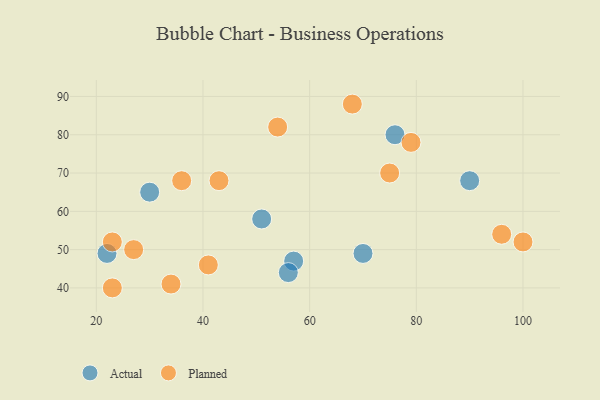
{"axis": {"x": "GDP", "y": "Life Expectancy"}, "legend": ["Actual", "Planned"], "data": [{"x": "30", "y": 65, "type": "Actual"}, {"x": "22", "y": 49, "type": "Actual"}, {"x": "57", "y": 47, "type": "Actual"}, {"x": "51", "y": 58, "type": "Actual"}, {"x": "56", "y": 44, "type": "Actual"}, {"x": "90", "y": 68, "type": "Actual"}, {"x": "70", "y": 49, "type": "Actual"}, {"x": "76", "y": 80, "type": "Actual"}, {"x": "68", "y": 88, "type": "Planned"}, {"x": "23", "y": 40, "type": "Planned"}, {"x": "41", "y": 46, "type": "Planned"}, {"x": "79", "y": 78, "type": "Planned"}, {"x": "43", "y": 68, "type": "Planned"}, {"x": "96", "y": 54, "type": "Planned"}, {"x": "54", "y": 82, "type": "Planned"}, {"x": "27", "y": 50, "type": "Planned"}, {"x": "34", "y": 41, "type": "Planned"}, {"x": "100", "y": 52, "type": "Planned"}, {"x": "75", "y": 70, "type": "Planned"}, {"x": "23", "y": 52, "type": "Planned"}, {"x": "36", "y": 68, "type": "Planned"}]}